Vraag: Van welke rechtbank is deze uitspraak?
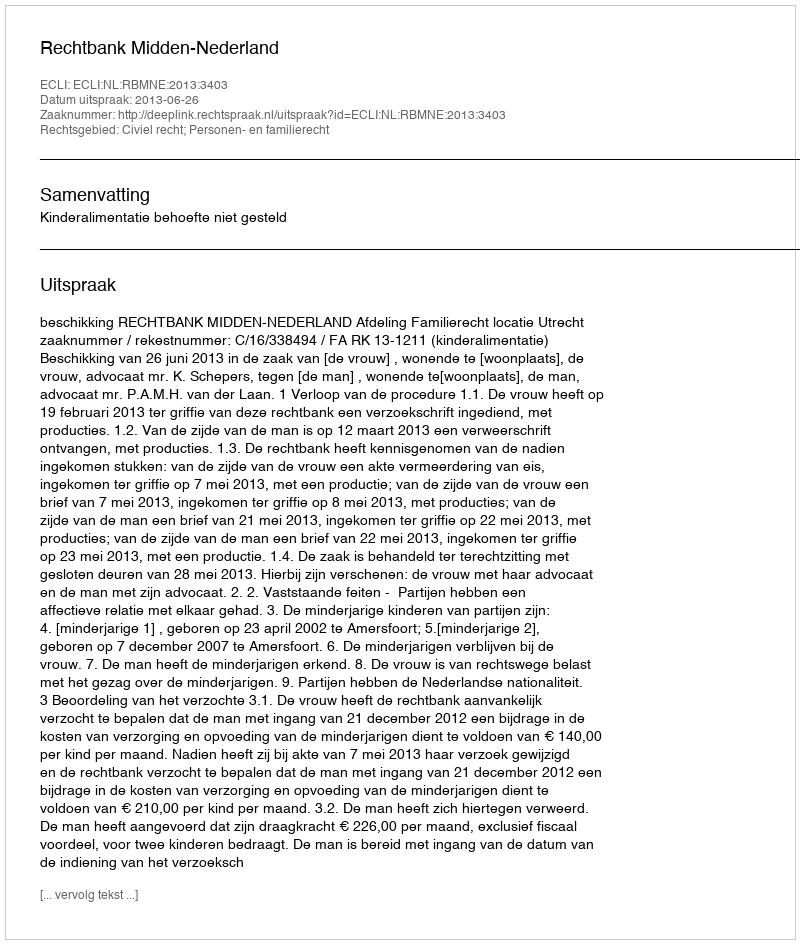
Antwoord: Rechtbank Midden-Nederland